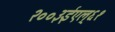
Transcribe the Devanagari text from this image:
२००३ईएल्‌६१